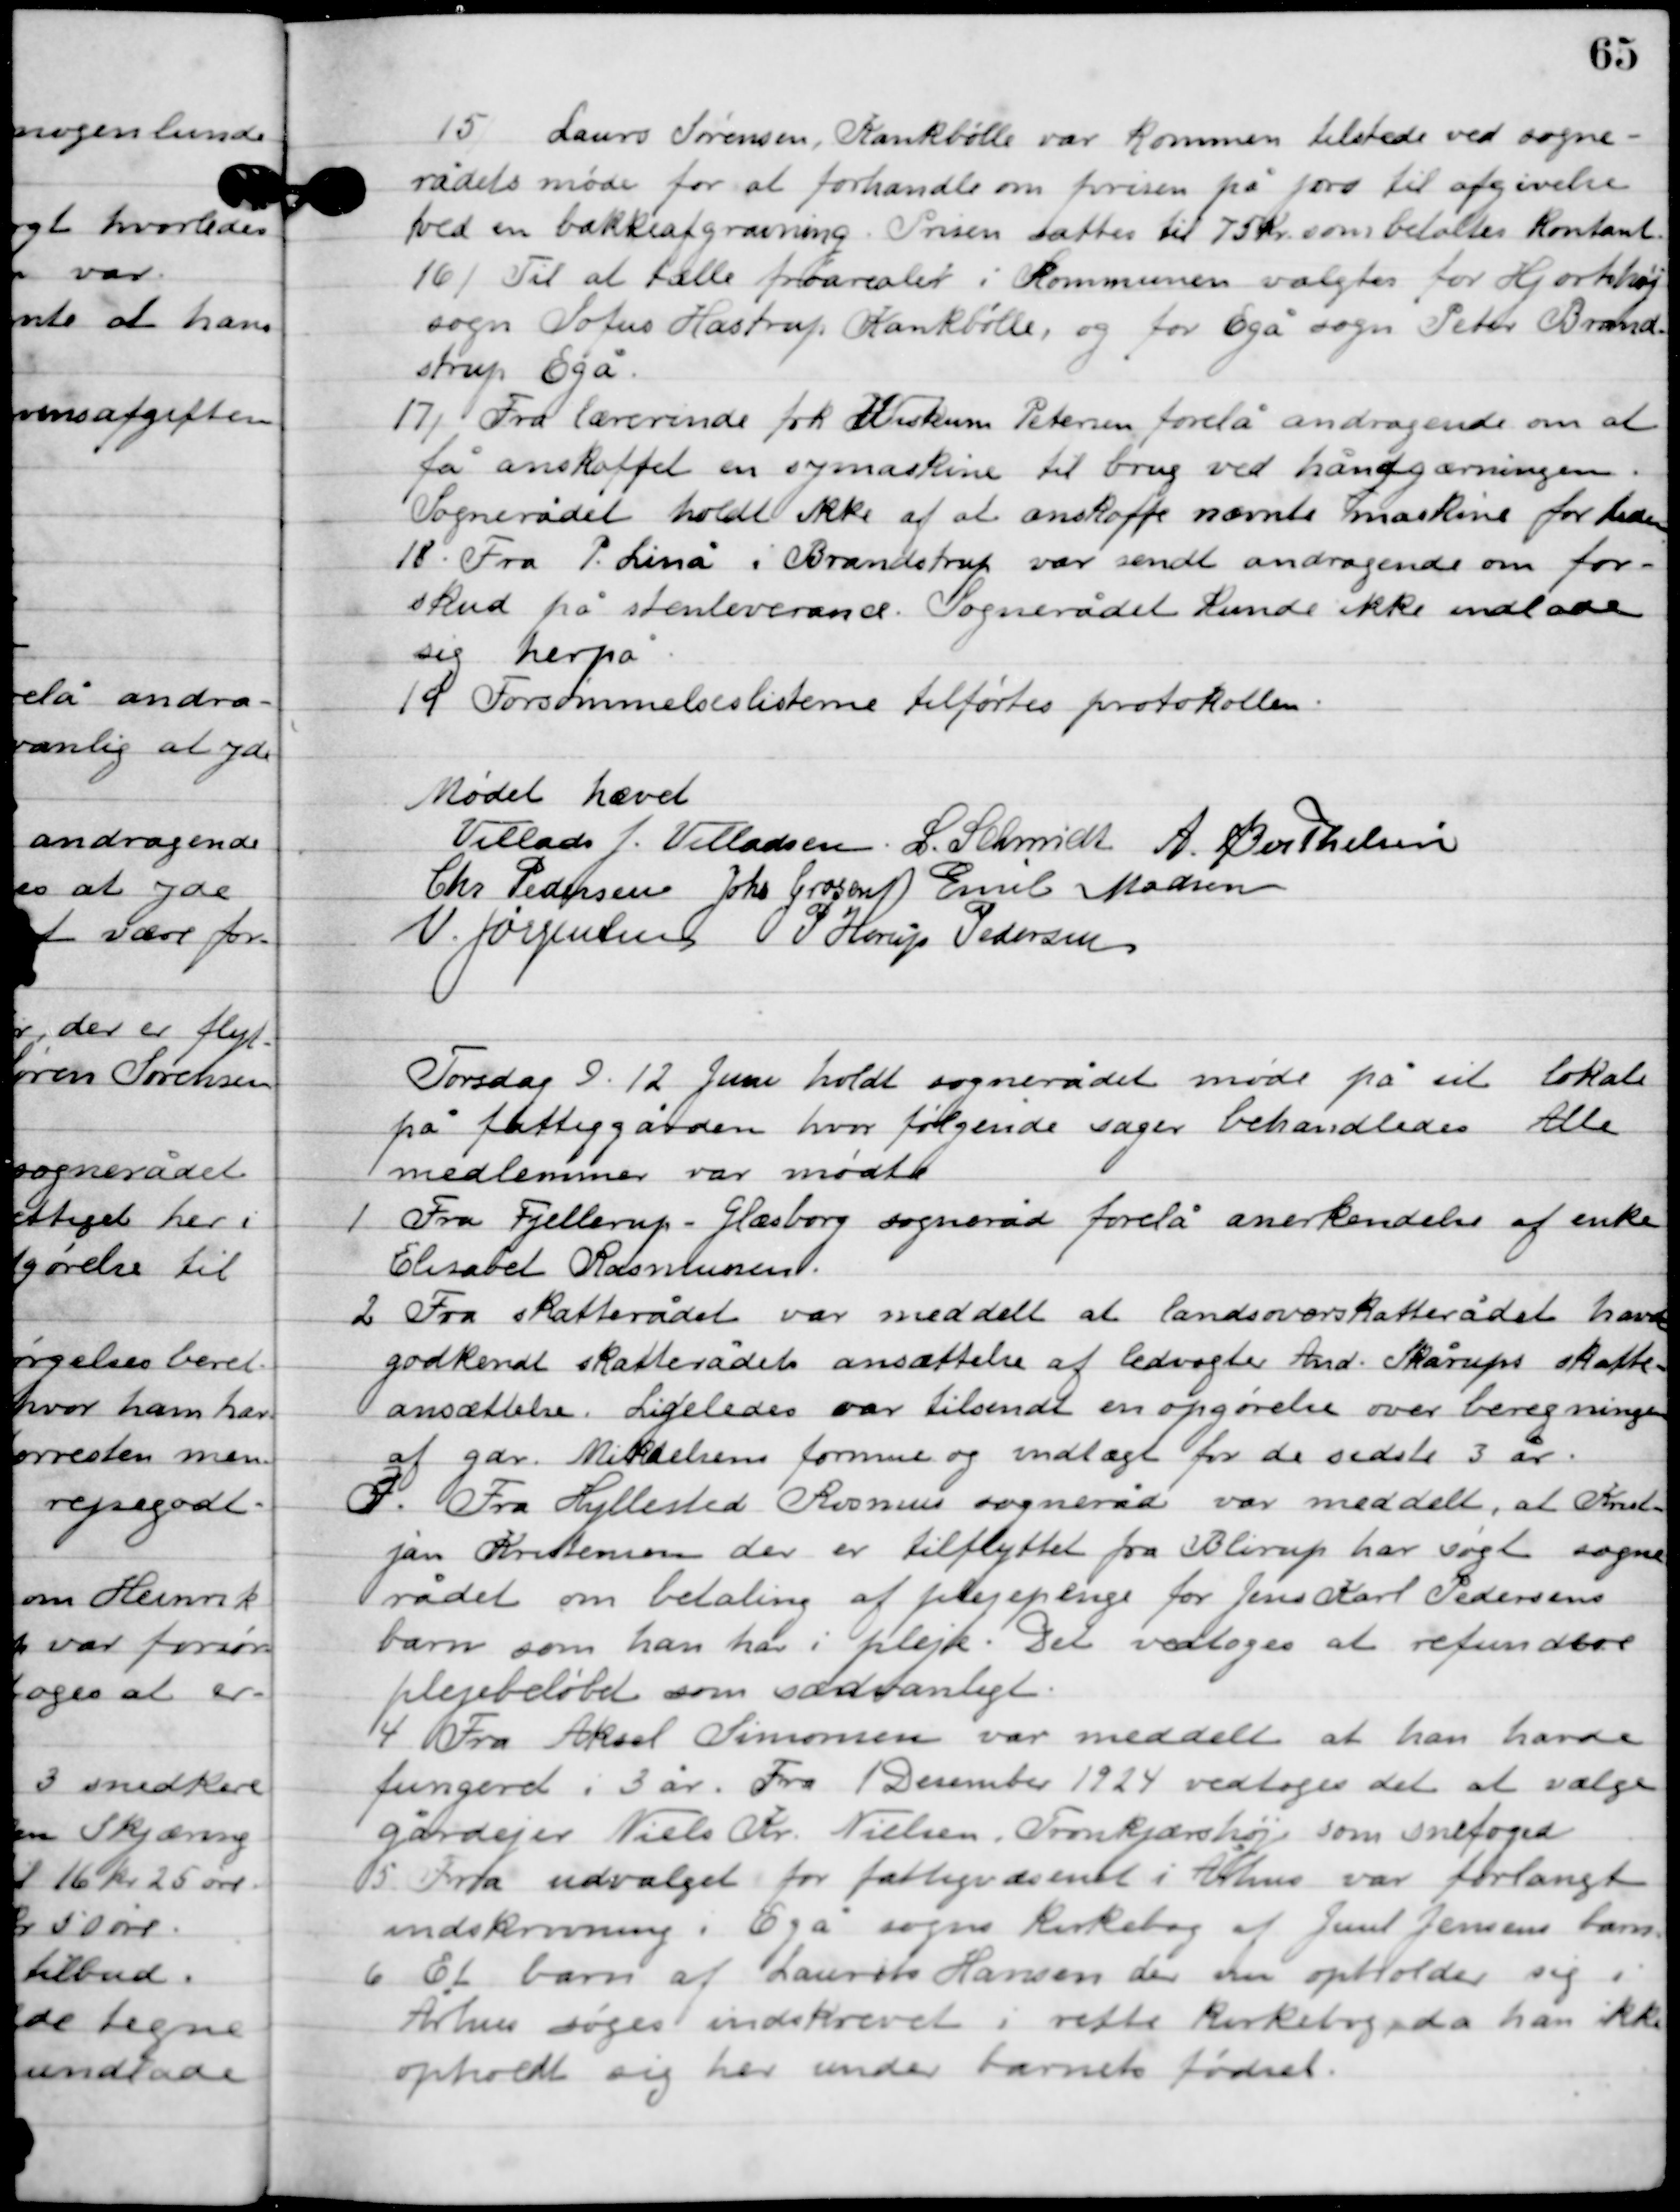
Transskription:
15

Lauris Sødrensen Krankbølle var kommen tilstede vedsogne
rådets møde for at forhandle om forvisen på jord til afgivelse
ved en bakkeafgravning. Prisen sattes til 75 kr. som betaltes kontant.

16

Til at tælle friarealet  i kommunen valgtes for Hjortshøj 
sogn Sofus Hastrup Kankbølle, og for Egå sogn Peter Brand-
strup, Egå.

17

Fra lærerinde frk. Kristine Petersen forelå andragende om at
få anskaffet en symaskine til brug ved håndgærningen.
Sognerådet holdt ikke af at anskaffe nævnte maskine for tiden.

18

Fra P. Linå i Brandstrup var sendt andragende om for-
skud på stenleverane. Sognerådet kunde ikke undlade
sig herpå.

19

Forsømmelseslisterne tilførtes protokollen.

Mødet hævet

Villads J. Villadsen
L. Schmidt
A. Berthelsen
Chr. Pedersen
Johs. Grosen
Emil Madsen
V. Jørgensen
P. Horup Pedersen

Torsdag D. 12. Juni holdt sognerådet møde på sit lokale
på fattiggården, hvor følgende sager behandledes. Alle
medlemmer var mødte.

1

Fra Fjellerup-Glæsborg sogneråd forelå anerkendelse af enke
Elisabet Rasmussen.

2

Fra skatterådet var meddelt at landsoverskattrådet havde
godkendt skatterådets ansættelse af ledvogter And. Skårups skatte-
ansættelse. Ligeledes var tilsendt en opgørelse over beregningen
af gdr. Mikkelsens formue og indtægt for de sidst 3 år.

3

Fra Hyldested Rasmus sogneråd var meddelt, at Krist-
jan Kristensen der er tilflyttet fra Blirup har søgt sogne-
rådet om betaling af plejeophold for Jens Karl Pedersens
barn som han har i pleje. Det vedtoges at refundere
plejebeløbet som sædvanligt.

4

Fra Aksel Simonsen var meddelt at han havde
fungeret i 3 år. Fra 1. December 1924 vedtoges det at vælge
gårdejer Niels Kr. Nielsen, Tronkjærshøj som snefoged.

5

Fra udvalget for fattigvæsenet i Århus var forlangt
indskrivning i Egå sogns kirkebog af Juul Jensens barn.

6

Et barn af Laurits Hansens der nu opholder sig i
Århus søges indskrevet i rette kirkebog da han ikke
opholdt sig her under barnets fødsel.